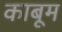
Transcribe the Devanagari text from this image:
काबूम